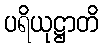
ပရိယုဋ္ဌာတိ